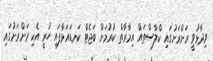
ވިދާޅުވީ ރަށްރަށުގައި ކްލާސްތައް އިމާރާތް ކުރުމަށް ބަޖެޓް ކަނޑައަޅާފައި ހުރީ އެކި ރަށްރަށުގައި